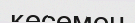
кесемен